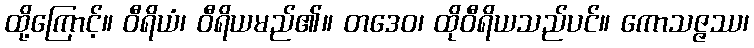
ထို့ကြောင့်။ ဝီရိယံ၊ ဝီရိယမည်၏။ တဒေဝ၊ ထိုဝီရိယသည်ပင်။ ကောသဇ္ဇဿ၊